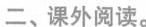
二、课外阅读。